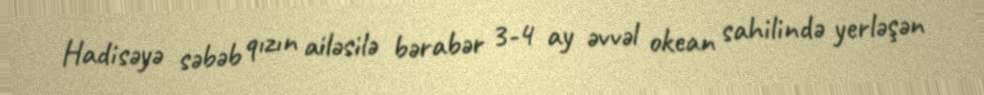
Hadisəyə səbəb qızın ailəsilə bərabər 3-4 ay əvvəl okean sahilində yerləşən